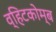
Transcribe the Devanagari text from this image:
व्हिटकोम्ब